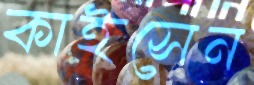
কাইসেন